Indian journal of veterinary science and animal husbandry - Volumes 24-25, 1954-1955
Year: 1954
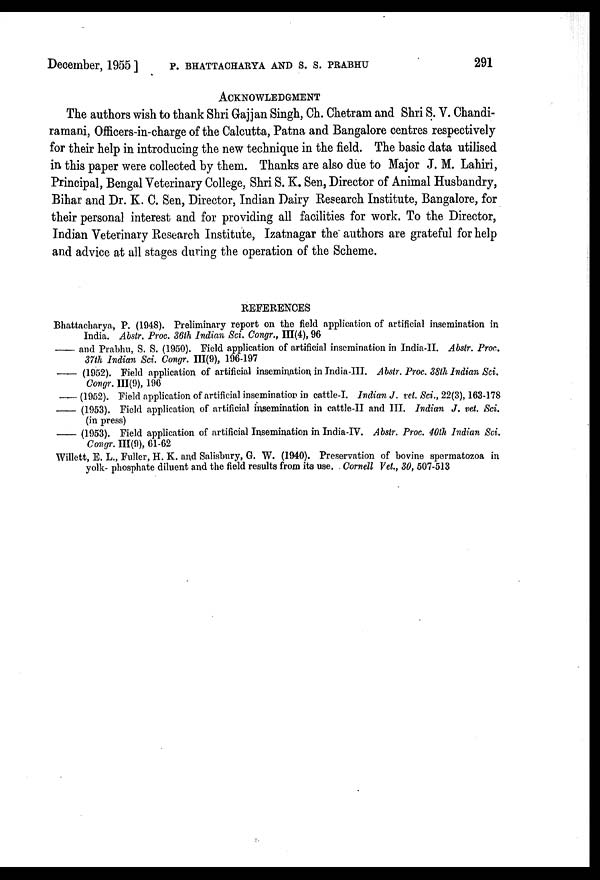
December, 1955 ] P. BHATTACHARYA AND S. S. PRABHU 291
ACKNOWLEDGMENT
The authors wish to thank Shri Gajjan Singh, Ch. Chetram and Shri S. V. Chandi-
ramani, Officers-in-charge of the Calcutta, Patna and Bangalore centres respectively
for their help in introducing the new technique in the field. The basic data utilised
in this paper were collected by them. Thanks are also due to Major J. M. Lahiri,
Principal, Bengal Veterinary College, Shri S. K. Sen, Director of Animal Husbandry,
Bihar and Dr. K. C. Sen, Director, Indian Dairy Research Institute, Bangalore, for
their personal interest and for providing all facilities for work. To the Director,
Indian Veterinary Research Institute, Izatnagar the authors are grateful for help
and advice at all stages during the operation of the Scheme.
REFERENCES
Bhattacharya., P. (1948). Preliminary report on the field application of artificial insemination in
India. Abstr. Proc. 36th Indian Sci. Congr.,
III(4), 96
—and
Prabhu, S. S. (1950). Field application of artificial insemination in India-II. Abstr. Proc.
37th Indian Sci. Congr. ffl(9), 196-197
—
(1952). Field application of artificial insemination in India-III. Abstr. Proc. 38th Indian Sci.
Congr. III(9), 196
——(1952). Field application of artificial insemination in cattle-I. Indian J. vet. Sci., 22(3), 163-178
—— (1953). Field application of artificial insemination in cattle-II and III. Indian J. vet. Sci.
(in press)
—
(1953). Field application of artificial Insemination in India-IV. Abstr. Proc. 40th Indian Sci.
Congr. III(9), 61-62
Willett, E. L., Fuller, H. K. and Salisbury, G. W. (1940). Preservation of bovine spermatozoa in
yolk- phosphate diluent and the field results from its use. Cornell Vet., 30, 507-513